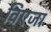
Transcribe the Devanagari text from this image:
विएजा